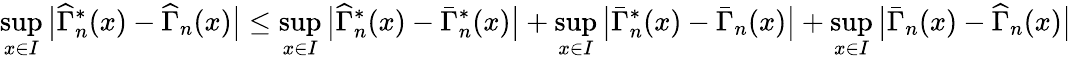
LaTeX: \operatorname*{sup}_{x\in I}\big|\widehat{\Gamma}_{n}^{*}(x)-\widehat{\Gamma}_{n}(x)\big|\leq\operatorname*{sup}_{x\in I}\big|\widehat{\Gamma}_{n}^{*}(x)-\bar{\Gamma}_{n}^{*}(x)\big|+\operatorname*{sup}_{x\in I}\big|\bar{\Gamma}_{n}^{*}(x)-\bar{\Gamma}_{n}(x)\big|+\operatorname*{sup}_{x\in I}\big|\bar{\Gamma}_{n}(x)-\widehat{\Gamma}_{n}(x)\big|